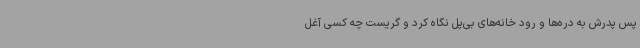
پس پدرش به دره‌ها و رود خانه‌های بی‌پل نگاه کرد و گریست چه کسی آغل